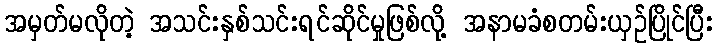
အမှတ်မလိုတဲ့ အသင်းနှစ်သင်းရင်ဆိုင်မှုဖြစ်လို့ အနာမခံစတမ်းယှဉ်ပြိုင်ပြီး